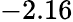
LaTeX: -2.16